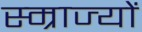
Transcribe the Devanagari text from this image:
स्म्राज्यों